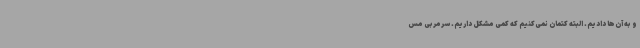
و به آن‌ها دادیم. البته کتمان نمی‌کنیم که کمی مشکل داریم. سرمربی مس